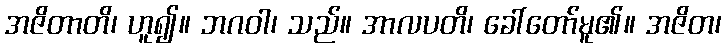
အဇိတာတိ၊ ဟူ၍။ ဘဂဝါ၊ သည်။ အာလပတိ၊ ခေါ်တော်မူ၏။ အဇိတ၊